Vaccination in Burma 1912-1922 - 1912-1922
Year: 1912
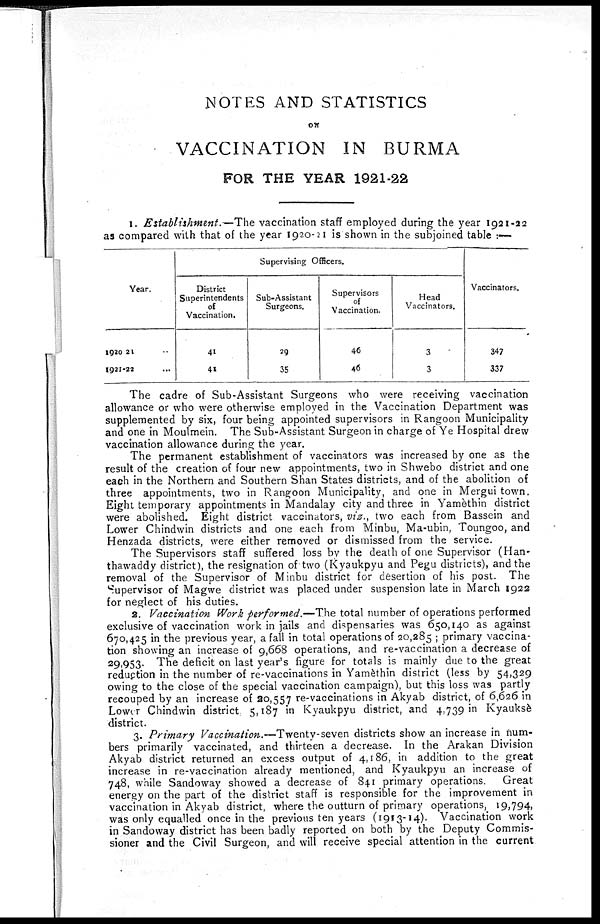
NOTES AND STATISTICS
ON
VACCINATION IN BURMA
FOR THE YEAR 1921-22
1. Establishment.—The vaccination staff employed during the year 1921-22
as compared with that of the year 1920-21 is shown in the subjoined table :—
Year.
1920-21 ...
1921-22 ...
Supervising Officers.
District
Superintendents
of
Vaccination.
41
41
Sub-Assistant
Surgeons.
29
35
Supervisors
of
Vaccination.
46
46
Head
Vaccinators.
3
3
Vaccinators.
347
337
The cadre of Sub-Assistant Surgeons who were receiving vaccination
allowance or who were otherwise employed in the Vaccination Department was
supplemented by six, four being appointed supervisors in Rangoon Municipality
and one in Moulmein. The Sub-Assistant Surgeon in charge of Ye Hospital drew
vaccination allowance during the year.
The permanent establishment of vaccinators was increased by one as the
result of the creation of four new appointments, two in Shwebo district and one
each in the Northern and Southern Shan States districts, and of the abolition of
three appointments, two in Rangoon Municipality, and one in Mergui town.
Eight temporary appointments in Mandalay city and three in Yamèthin district
were abolished. Eight district vaccinators, viz., two each from Bassein and
Lower Chindwin districts and one each from Minbu, Ma-ubin, Toungoo, and
Henzada districts, were either removed or dismissed from the service.
The Supervisors staff suffered loss by the death of one Supervisor (Han-
thawaddy district), the resignation of two (Kyaukpyu and Pegu districts), and the
removal of the Supervisor of Minbu district for desertion of his post. The
Supervisor of Magwe district was placed under suspension late in March 1922
for neglect of his duties.
2. Vaccination Work performed.—The total number of operations performed
exclusive of vaccination work in jails and dispensaries was 650,140 as against
670,425 in the previous year, a fall in total operations of 20,285 ; primary vaccina-
tion showing an increase of 9,668 operations, and re-vaccination a decrease of
29,953. The deficit on last year's figure for totals is mainly due to the great
reduction in the number of re-vaccinations in Yamèthin district (less by 54,329
owing to the close of the special vaccination campaign), but this loss was partly
recouped by an increase of 20,557 re-vaccinations in Akyab district, of 6,626 in
Lower Chindwin district 5,187 in Kyaukpyu district, and 4,739 in Kyauksè
district.
3. Primary Vaccination.—Twenty-seven districts show an increase in num-
bers primarily vaccinated, and thirteen a decrease. In the Arakan Division
Akyab district returned an excess output of 4,186, in addition to the great
increase in re-vaccination already mentioned, and Kyaukpyu an increase of
748, while Sandoway showed a decrease of 841 primary operations. Great
energy on the part of the district staff is responsible for the improvement in
vaccination in Akyab district, where the outturn of primary operations, 19,794,
was only equalled once in the previous ten years (1913-14). Vaccination work
in Sandoway district has been badly reported on both by the Deputy Commis-
sioner and the Civil Surgeon, and will receive special attention in the current